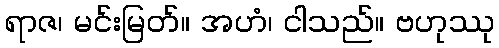
ရာဇ၊ မင်းမြတ်။ အဟံ၊ ငါသည်။ ဗဟုဿု